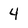
Character: 4